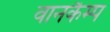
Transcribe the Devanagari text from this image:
वानकैम्प